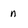
Character: n